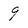
Character: 9